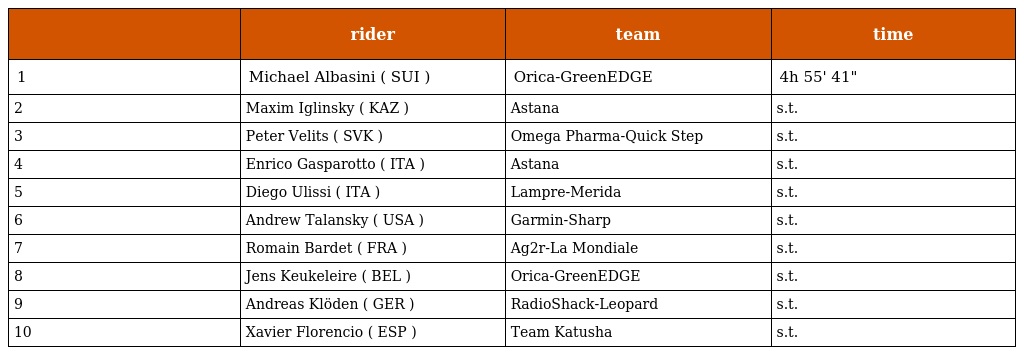
|  | rider | team | time |
 | --- | --- | --- | --- |
 | 1 | Michael Albasini ( SUI ) | Orica-GreenEDGE | 4h 55' 41" |
 | 2 | Maxim Iglinsky ( KAZ ) | Astana | s.t. |
 | 3 | Peter Velits ( SVK ) | Omega Pharma-Quick Step | s.t. |
 | 4 | Enrico Gasparotto ( ITA ) | Astana | s.t. |
 | 5 | Diego Ulissi ( ITA ) | Lampre-Merida | s.t. |
 | 6 | Andrew Talansky ( USA ) | Garmin-Sharp | s.t. |
 | 7 | Romain Bardet ( FRA ) | Ag2r-La Mondiale | s.t. |
 | 8 | Jens Keukeleire ( BEL ) | Orica-GreenEDGE | s.t. |
 | 9 | Andreas Klöden ( GER ) | RadioShack-Leopard | s.t. |
 | 10 | Xavier Florencio ( ESP ) | Team Katusha | s.t. |